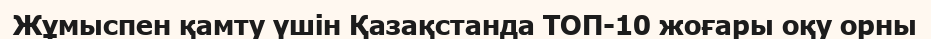
Жұмыспен қамту үшін Қазақстанда ТОП-10 жоғары оқу орны